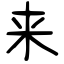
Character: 来